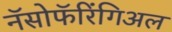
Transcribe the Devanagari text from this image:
नॅसोफॅरिंगिअल